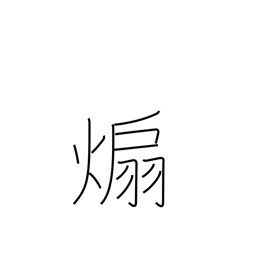
Meaning: instigate